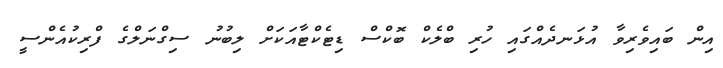
އިން ބައިވެރިވާ އުޅަނދެއްގައި ހުރި ބްލެކް ބޮކްސް ޑިޓެކްޓާއަކަށް ލިބުނު ސިގްނަލްގެ ފްރިކުއެންސީ